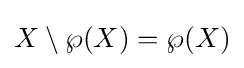
X\setminus \wp (X)=\wp (X)